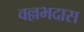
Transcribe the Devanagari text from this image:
वल्लभदास